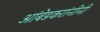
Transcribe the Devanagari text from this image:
आंबेडकरांनीनी